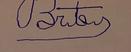
Signature authenticity: forged